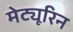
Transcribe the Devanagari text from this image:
मेट्यूरिन